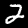
Label: 2